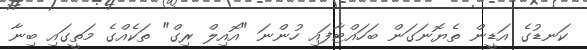
ކަނޑުގެ އަޑީން ތެޔޮނަގަން ބަހައްޓާފައި ހުންނަ "އޮއިލް ރިގް" ތަކެއްގެ މަތީގައި ބިނާ